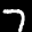
Label: 7